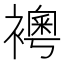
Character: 𧝰